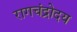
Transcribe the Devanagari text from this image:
रागचंद्रोदय